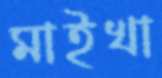
মাইখা